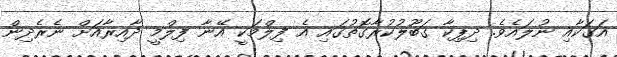
އަގަކާއި ނުލައެވެ. ދިޕިކާ ގަބޫލުކުރާގޮތުގައި އެ ފިލްމަކީ އޭނާ ފިލްމީ ދާއިރާއަށް ނެރެދިން